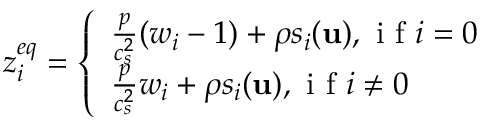
z _ { i } ^ { e q } = \left\{ \begin{array} { l l } { \frac { p } { c _ { s } ^ { 2 } } ( w _ { i } - 1 ) + \rho s _ { i } ( \mathbf { u } ) , \mathrm { ~ i ~ f ~ } i = 0 } \\ { \frac { p } { c _ { s } ^ { 2 } } w _ { i } + \rho s _ { i } ( \mathbf { u } ) , \mathrm { ~ i ~ f ~ } i \neq 0 } \end{array} \right.